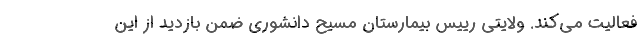
فعالیت می‌کند. ولایتی رییس بیمارستان مسیح دانشوری ضمن بازدید از این